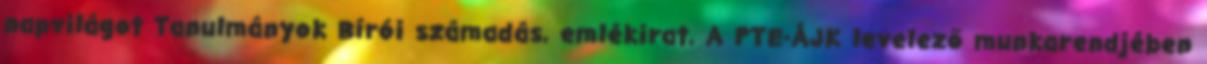
napvilágot Tanulmányok Bírói számadás, emlékirat, A PTE-ÁJK levelező munkarendjében